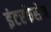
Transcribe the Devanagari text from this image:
इंटरफेसेज